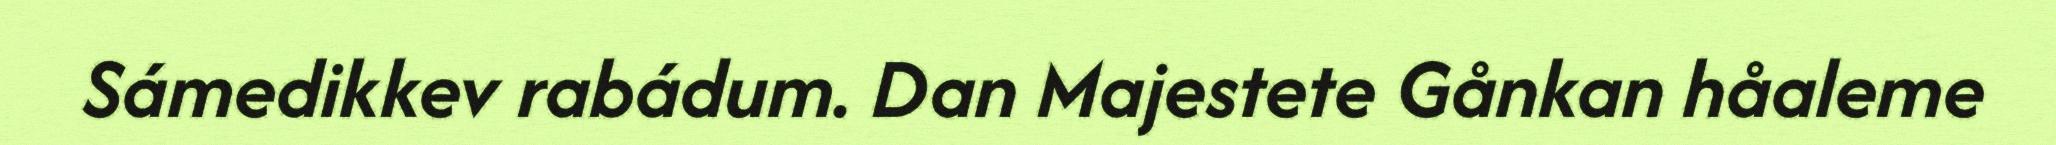
Sámedikkev rabádum. Dan Majestete Gånkan håaleme